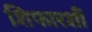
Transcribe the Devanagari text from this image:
शिफारशीं